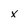
Character: x